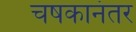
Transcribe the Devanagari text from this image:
चषकानंतर